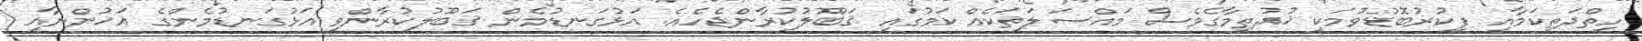
ހިތްދަތިކަމާއި ފިކުރުބޮޑުވުމަކީ ޚުދުތިމާގެވެސް މައްސަލަތަކެއް ކަމުގައި ޤަބޫލުކުރާންޖެހެއެ. އަޅުގަނޑުމެން ޤަބޫލުކުރާންވީ އަޅުގަނޑުމެންގެ އަޚުންނާއި